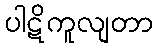
ပါဋိကူလျတာ